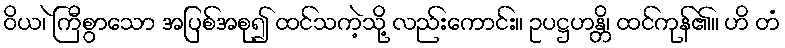
ဝိယ၊ ဲကြီစွာသော အပြစ်အစု၍ ထင်သကဲ့သို့ လည်းကောင်း။ ဥပဋ္ဌဟန္တိ၊ ထင်ကုန်၏။ ဟိ တံ